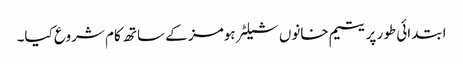
ابتدائی طور پر یتیم خانوں شیلٹر ہومز کے ساتھ کام شروع کیا۔